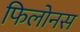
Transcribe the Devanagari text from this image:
फिलोनस